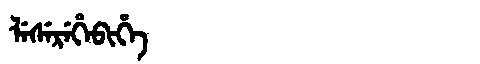
Manchu: ᠯᡝᠰᡝᡵᡝᡥᡝᠪᡳᡥᡝ
Romanization: LESEREHEBIHE